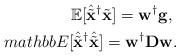
LaTeX: \begin{align*}\mathbb{E}[\hat{\tilde{\mathbf{x}}}^{\dag}\tilde{\mathbf{x}}]=\mathbf{w}^{\dag}\mathbf{g},\ \\mathbb{E}[\hat{\tilde{\mathbf{x}}}^{\dag}\hat{\tilde{\mathbf{x}}}]=\mathbf{w}^{\dag}\mathbf{D}\mathbf{w}.\end{align*}